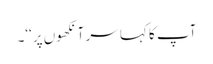
آپ کا کہا سر آنکھوں پر‘‘۔